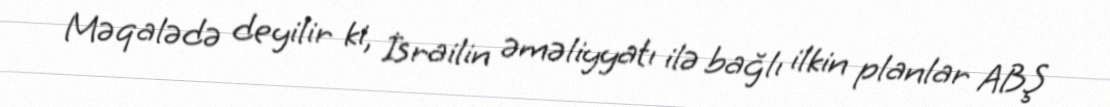
Məqalədə deyilir ki, İsrailin əməliyyatı ilə bağlı ilkin planlar ABŞ